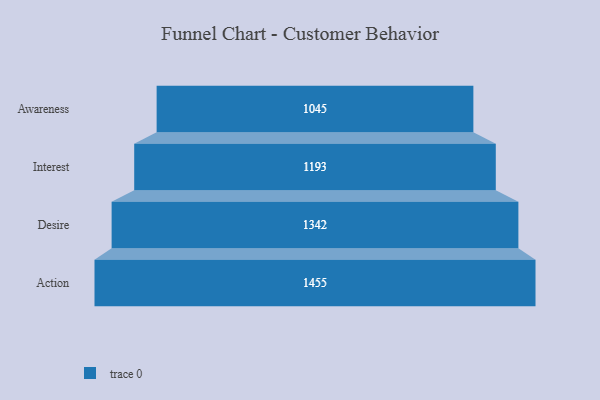
{"axis": {"x": "Stage", "y": "Value"}, "legend": [""], "data": [{"x": "Awareness", "y": 1045.0, "type": ""}, {"x": "Interest", "y": 1193.0, "type": ""}, {"x": "Desire", "y": 1342.0, "type": ""}, {"x": "Action", "y": 1455.0, "type": ""}]}